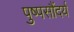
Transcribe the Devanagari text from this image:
पुष्पसौंदर्य